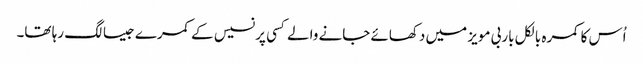
اُس کا کمرہ بالکل باربی مویز میں دکھائے جانے والے کسی پرنسیس کے کمرے جیسا لگ رہا تھا۔